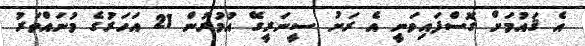
އެ ޤައުމަށް ގޮސްފައިވަނީ އެ ރަށު ސީނަރީގޭ އުމުރުން 21 އަހަރުގެ މުނައްވަރު